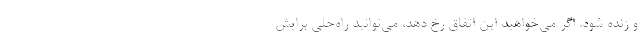
و زنده شود. اگر می‌خواهید این اتفاق رخ دهد، می‌توانید راه‌حلی برایش